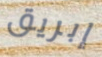
إبريق